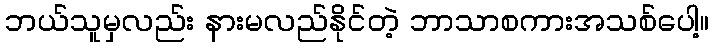
ဘယ်သူမှလည်း နားမလည်နိုင်တဲ့ ဘာသာစကားအသစ်ပေါ့။